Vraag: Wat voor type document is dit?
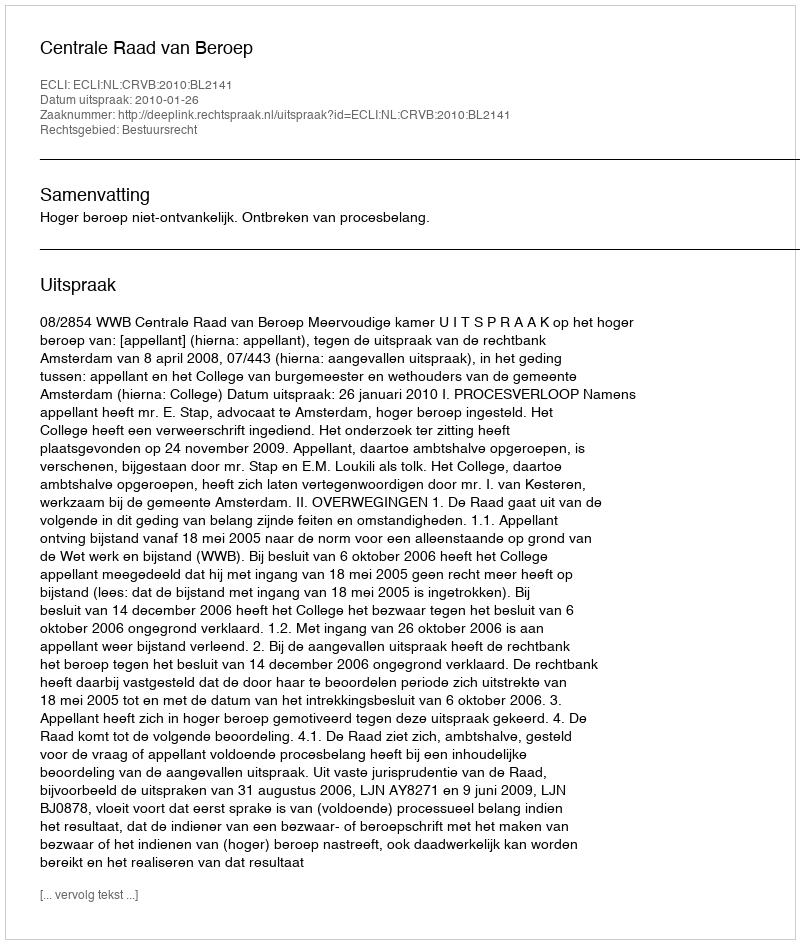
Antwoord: Uitspraak